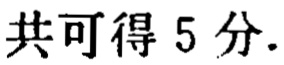
共可得 5 分.